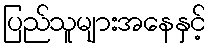
ပြည်သူများအနေနှင့်